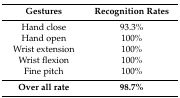
<table><thead><tr><td><b>Gestures</b></td><td><b>Recognition Rates</b></td></tr></thead><tbody><tr><td>Hand close</td><td>93.3%</td></tr><tr><td>Hand open</td><td>100%</td></tr><tr><td>Wrist extension</td><td>100%</td></tr><tr><td>Wrist flexion</td><td>100%</td></tr><tr><td>Fine pitch</td><td>100%</td></tr><tr><td><b>Over all rate</b></td><td><b>98.7%</b></td></tr></tbody></table>